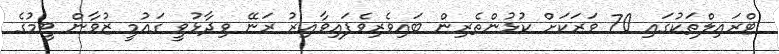
ޓްރައިލްތަކުގައި 70 ވަރަކަށް ކުޅުންތެރިން ބައިވެރިވެފައިވާއިރު ރަނޭ ވިދާޅުވީ ގައުމީ ޒުވާން ޓީމުގެ